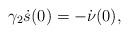
LaTeX: \begin{align*}\gamma_2\dot s(0) = -\dot{ \nu} (0),\end{align*}